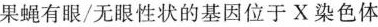
果蝇有眼/无眼性状的基因位于X染色体